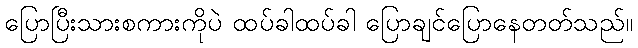
ပြောပြီးသားစကားကိုပဲ ထပ်ခါထပ်ခါ ပြောချင်ပြောနေတတ်သည်။